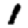
Digit: 1